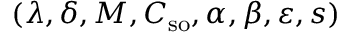
( \lambda , \delta , M , C _ { \mathrm { s o } } , \alpha , \beta , \varepsilon , s )